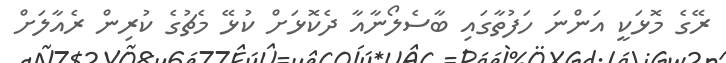
ރޭގެ މޮޅަކީ އަންނަ ހަފުތާގައި ބާސެލޯނާއާ ދެކޮޅަށް ކުޅޭ މެޗުގެ ކުރިން ރެއާލަށް